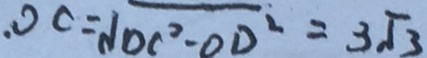
. O C = \sqrt { D C ^ { 2 } - O D ^ { 2 } } = 3 \sqrt { 3 }